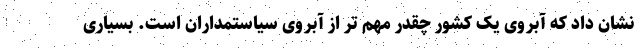
نشان داد که آبروی یک کشور چقدر مهم تر از آبروی سیاستمداران است. بسیاری